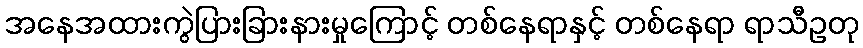
အနေအထားကွဲပြားခြားနားမှုကြောင့် တစ်နေရာနှင့် တစ်နေရာ ရာသီဥတု